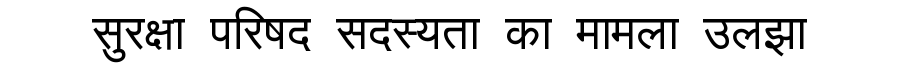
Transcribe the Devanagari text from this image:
सुरक्षा परिषद सदस्यता का मामला उलझा